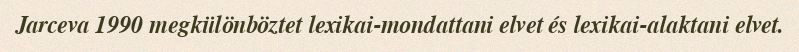
Jarceva 1990 megkülönböztet lexikai-mondattani elvet és lexikai-alaktani elvet.